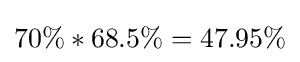
70\%*68.5\%=47.95\%